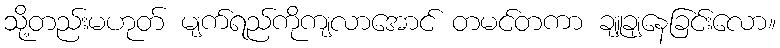
သို့တည်းမဟုတ် မျက်ရည်ကိုကျလာအောင် တမင်တကာ ချူချနေခြင်းလော။